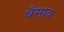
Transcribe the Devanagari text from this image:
धँसाव